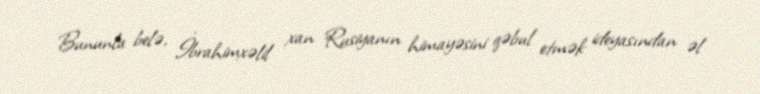
Bununla belə, İbrahimxəlil xan Rusiyanın himayəsini qəbul etmək ideyasından əl